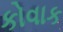
કોવાક